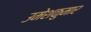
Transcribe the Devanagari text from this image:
उमेशकुमार